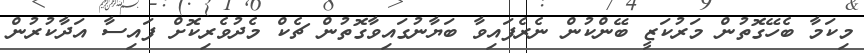
މިކަމާ ބެހޭގޮތުން މަރުކަޒީ ބޭންކުން ނެރެފައިވާ ބަޔާނުގައިވާގޮތުން ޗެކް މެދުވެރިކޮށް ފައިސާ އަދާކުރުން